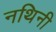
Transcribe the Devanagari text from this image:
नथिनी